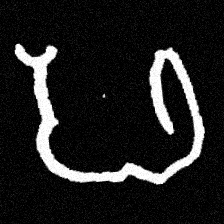
Pyu character \u2014 Myanmar letter: ဖ (romanized: pha)